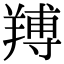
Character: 䍸